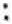
: